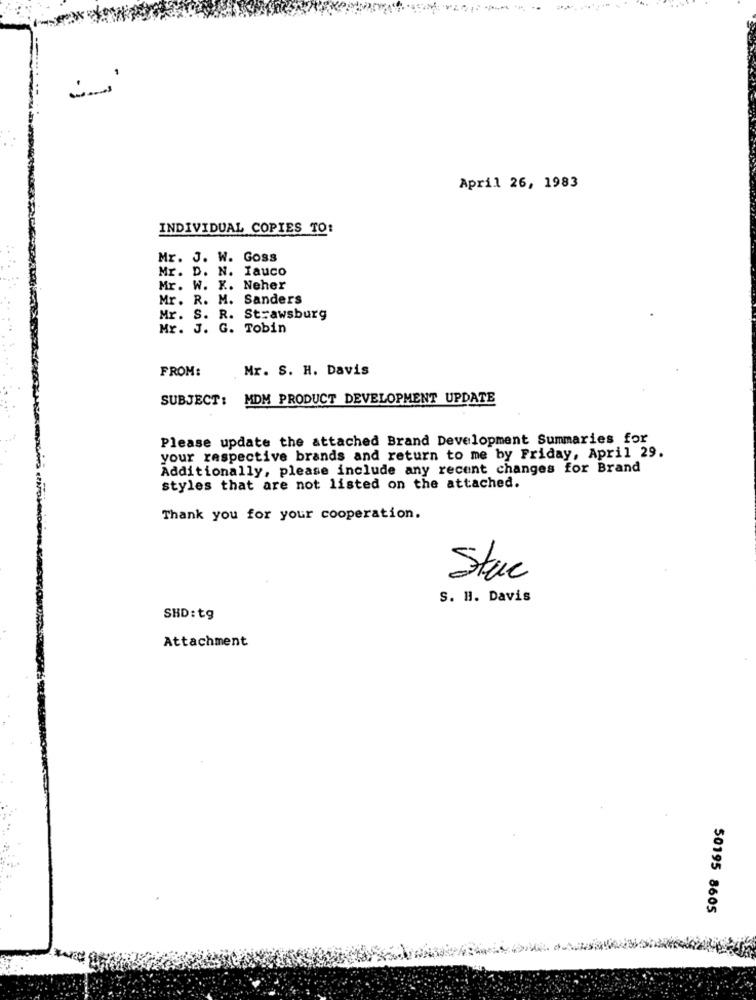
April 26, 1983
INDIVIDUAL COPIES TO:
Mr. J. W. Goss
Mr. D. N. Iauco
Mr. W. X. Neher
Mr. R. M. Sanders
Mr. S. R. Strawsburg
Mr. J. G. Tobin
FROM:
Mr. S. H. Davis
SUBJECT: MDM PRODUCT DEVELOPMENT UPDATE
Please update the attached Brand Development Summaries for
your respective brands and return to me by Friday, April 29.
Additionally, please include any recent changes for Brand
styles that are not listed on the attached.
Thank you for your cooperation.
Stac
S. H. Davis
SHD: tg
Attachment
50195 8605